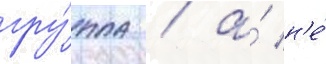
гру́ппа / а́ н'е́